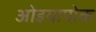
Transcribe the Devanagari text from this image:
ओइयापोक